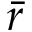
\bar { r }